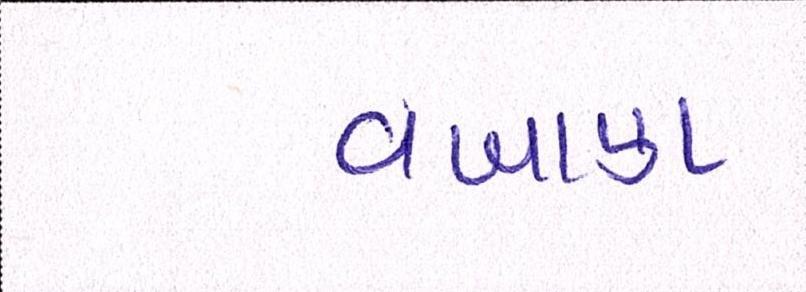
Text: વખાણ